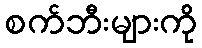
စက်ဘီးများကို